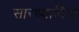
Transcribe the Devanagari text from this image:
सारथ्याविना